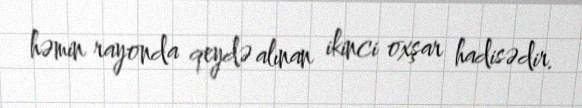
həmin rayonda qeydə alınan ikinci oxşar hadisədir.